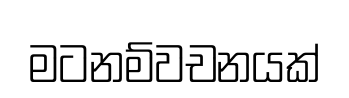
මටනම්වචනයක්